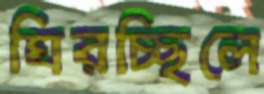
ঘিরচ্ছিলে